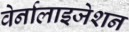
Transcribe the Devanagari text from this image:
वेर्नालाइजेशन